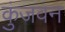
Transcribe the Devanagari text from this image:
कुंजवन